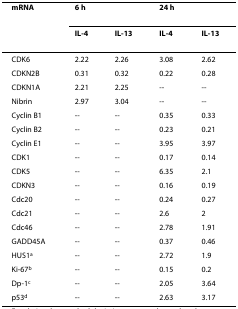
| mRNA | 6 h |  | 24 h |  |
 |  | IL-4 | IL-13 | IL-4 | IL-13 |
 | --- | --- | --- | --- | --- |
 | CDK6 | 2.22 | 2.26 | 3.08 | 2.62 |
 | CDKN2B | 0.31 | 0.32 | 0.22 | 0.28 |
 | CDKN1A | 2.21 | 2.25 | -- | -- |
 | Nibrin | 2.97 | 3.04 | -- | -- |
 | Cyclin B1 | -- | -- | 0.35 | 0.33 |
 | Cyclin B2 | -- | -- | 0.23 | 0.21 |
 | Cyclin E1 | -- | -- | 3.95 | 3.97 |
 | CDK1 | -- | -- | 0.17 | 0.14 |
 | CDK5 | -- | -- | 6.35 | 2.1 |
 | CDKN3 | -- | -- | 0.16 | 0.19 |
 | Cdc20 | -- | -- | 0.24 | 0.27 |
 | Cdc21 | -- | -- | 2.6 | 2 |
 | Cdc46 | -- | -- | 2.78 | 1.91 |
 | GADD45A | -- | -- | 0.37 | 0.46 |
 | HUS1a | -- | -- | 2.72 | 1.9 |
 | Ki-67b | -- | -- | 0.15 | 0.2 |
 | Dp-1c | -- | -- | 2.05 | 3.64 |
 | p53d | -- | -- | 2.63 | 3.17 |